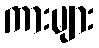
ကားများ